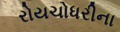
રોયચોધરીના